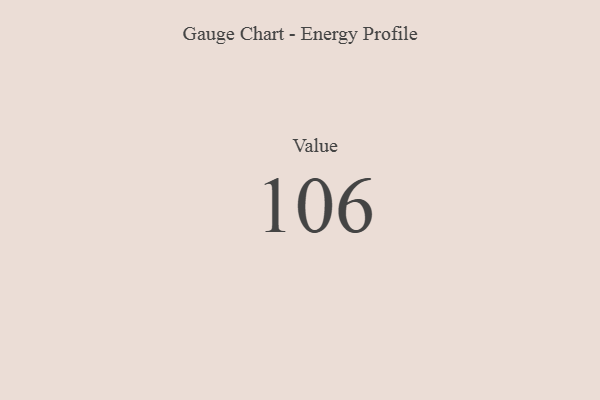
{"axis": {"x": "Metric", "y": "Value"}, "legend": [""], "data": [{"x": "Value", "y": 106, "type": ""}]}